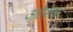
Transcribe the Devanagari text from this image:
ओफेर